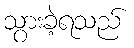
သွားခဲ့ရသည်